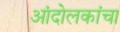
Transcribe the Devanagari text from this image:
आंदोलकांचा